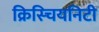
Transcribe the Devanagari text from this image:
क्रिस्चियनिटी